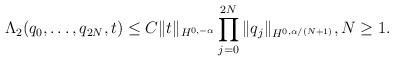
LaTeX: \begin{align*}\Lambda _ 2 ( q _0, \dots, q_ { 2N} , t ) \leq C\| t \|_{ H ^ { 0, -\alpha} } \prod _ { j = 0 } ^ { 2N} \| q _ j \| _ { H ^ { 0, \alpha / ( N +1) }}, N \geq 1.\end{align*}